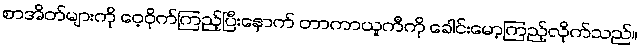
စာအိတ်များကို ဝေ့ဝိုက်ကြည့်ပြီးနောက် တာကာယူကီကို ခေါင်းမော့ကြည့်လိုက်သည်။